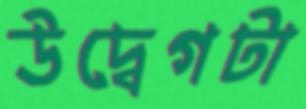
উদ্বেগটা